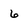
Character: 6